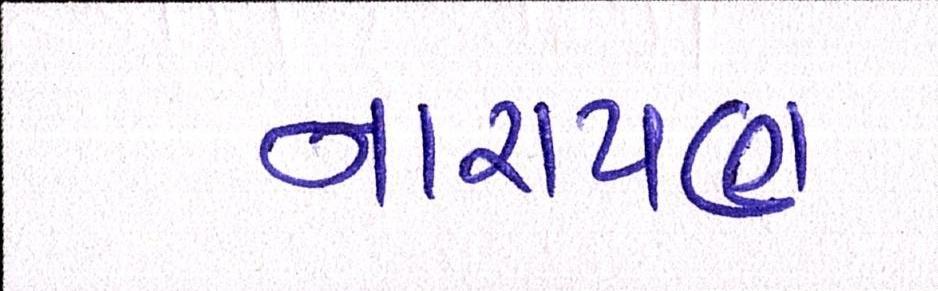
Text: નારાયણ